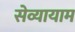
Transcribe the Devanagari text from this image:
सेव्यायाम